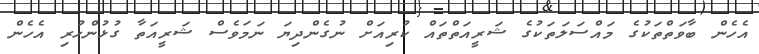
އެހެން ބާވަތްތަކުގެ މައްސަލަތަކުގެ ޝަރީއަތްތައް ކުރިއަށް ނުގެންދިޔަ ނަމަވެސް ޝަރީއަތާ ގުޅުންހުރި އެހެން